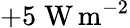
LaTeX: +5\; \mathrm{W}\, \mathrm{m}^{-2}